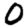
Digit: 0